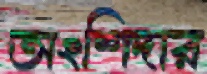
অংশিদার